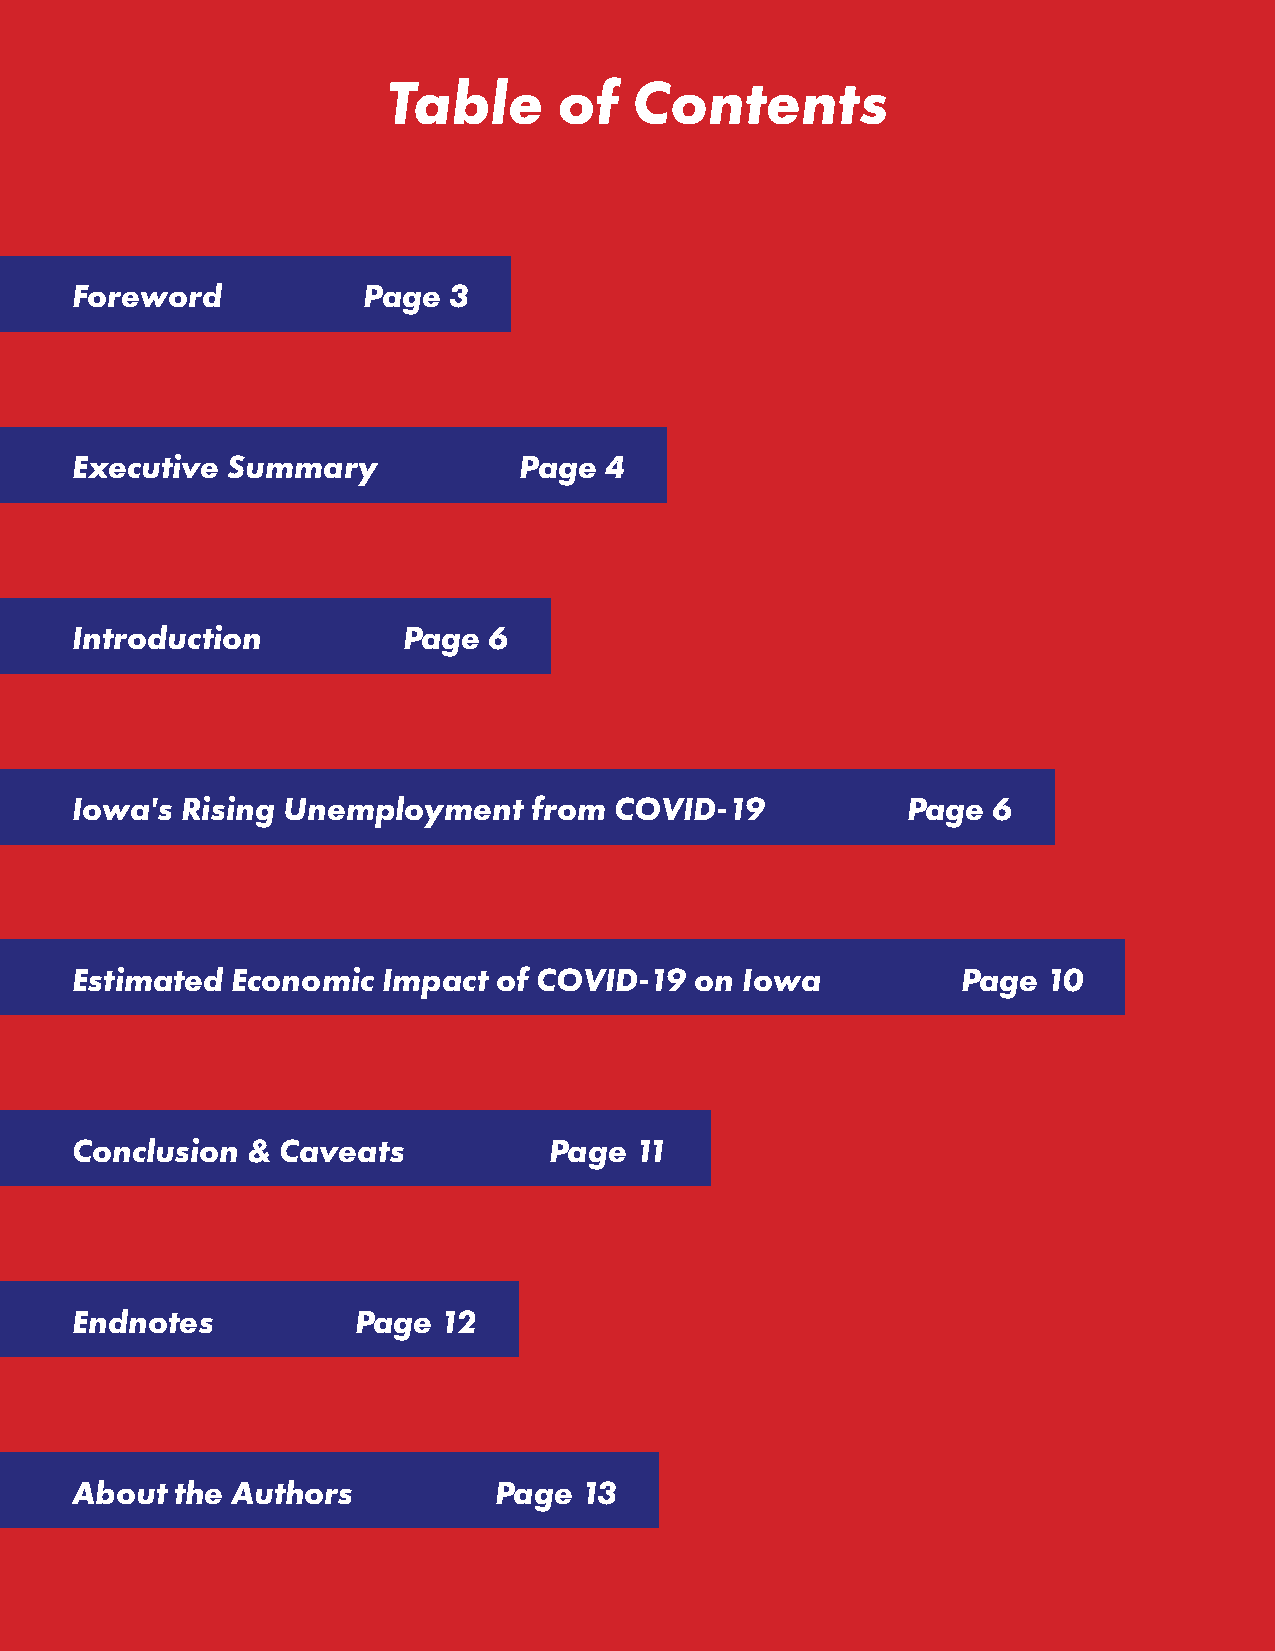
Table      of   Contents
 Foreword           Page  3
 Executive Summary            Page  4
 Introduction          Page 6
 Iowa's Rising Unemployment    from  COVID-19           Page  6
 Estimated Economic  Impact  of COVID-19  on Iowa           Page 10
 Conclusion & Caveats           Page  11
 Endnotes          Page  12
 About  the Authors          Page 13